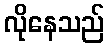
လိုနေသည်